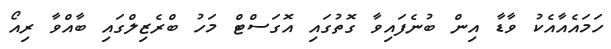
ހަމައެއާއެކު ވާޑާ އިން ބުނެފައިވާ ގޮތުގައި އޮގަސްޓް މަހު ބްރެޒިލްގައި ބާއްވާ ރިއޯ